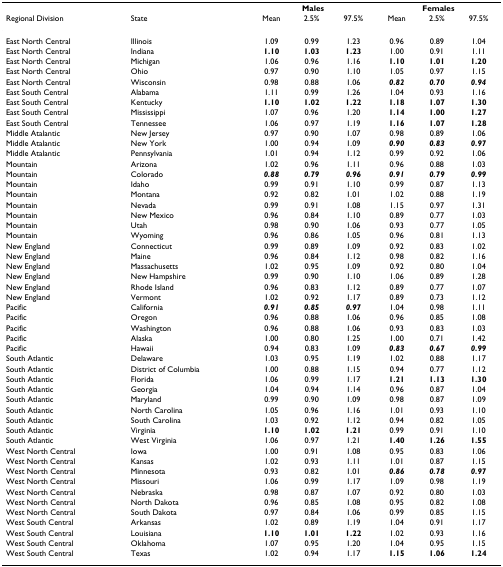
<table><thead><tr><td></td><td></td><td colspan="3"><b>Males</b></td><td colspan="3"><b>Females</b></td></tr><tr><td><b>Regional Division</b></td><td><b>State</b></td><td><b>Mean</b></td><td><b>2.5%</b></td><td><b>97.5%</b></td><td><b>Mean</b></td><td><b>2.5%</b></td><td><b>97.5%</b></td></tr></thead><tbody><tr><td>East North Central</td><td>Illinois</td><td>1.09</td><td>0.99</td><td>1.23</td><td>0.96</td><td>0.89</td><td>1.04</td></tr><tr><td>East North Central</td><td>Indiana</td><td><b>1.10</b></td><td><b>1.03</b></td><td><b>1.23</b></td><td>1.00</td><td>0.91</td><td>1.11</td></tr><tr><td>East North Central</td><td>Michigan</td><td>1.06</td><td>0.96</td><td>1.16</td><td><b>1.10</b></td><td><b>1.01</b></td><td><b>1.20</b></td></tr><tr><td>East North Central</td><td>Ohio</td><td>0.97</td><td>0.90</td><td>1.10</td><td>1.05</td><td>0.97</td><td>1.15</td></tr><tr><td>East North Central</td><td>Wisconsin</td><td>0.98</td><td>0.88</td><td>1.06</td><td><b><i>0.82</i></b></td><td><b><i>0.70</i></b></td><td><b><i>0.94</i></b></td></tr><tr><td>East South Central</td><td>Alabama</td><td>1.11</td><td>0.99</td><td>1.26</td><td>1.04</td><td>0.93</td><td>1.16</td></tr><tr><td>East South Central</td><td>Kentucky</td><td><b>1.10</b></td><td><b>1.02</b></td><td><b>1.22</b></td><td><b>1.18</b></td><td><b>1.07</b></td><td><b>1.30</b></td></tr><tr><td>East South Central</td><td>Mississippi</td><td>1.07</td><td>0.96</td><td>1.20</td><td><b>1.14</b></td><td><b>1.00</b></td><td><b>1.27</b></td></tr><tr><td>East South Central</td><td>Tennessee</td><td>1.06</td><td>0.97</td><td>1.19</td><td><b>1.16</b></td><td><b>1.07</b></td><td><b>1.28</b></td></tr><tr><td>Middle Atalantic</td><td>New Jersey</td><td>0.97</td><td>0.90</td><td>1.07</td><td>0.98</td><td>0.89</td><td>1.06</td></tr><tr><td>Middle Atalantic</td><td>New York</td><td>1.00</td><td>0.94</td><td>1.09</td><td><b><i>0.90</i></b></td><td><b><i>0.83</i></b></td><td><b><i>0.97</i></b></td></tr><tr><td>Middle Atalantic</td><td>Pennsylvania</td><td>1.01</td><td>0.94</td><td>1.12</td><td>0.99</td><td>0.92</td><td>1.06</td></tr><tr><td>Mountain</td><td>Arizona</td><td>1.02</td><td>0.96</td><td>1.11</td><td>0.96</td><td>0.88</td><td>1.03</td></tr><tr><td>Mountain</td><td>Colorado</td><td><b><i>0.88</i></b></td><td><b><i>0.79</i></b></td><td><b><i>0.96</i></b></td><td><b><i>0.91</i></b></td><td><b><i>0.79</i></b></td><td><b><i>0.99</i></b></td></tr><tr><td>Mountain</td><td>Idaho</td><td>0.99</td><td>0.91</td><td>1.10</td><td>0.99</td><td>0.87</td><td>1.13</td></tr><tr><td>Mountain</td><td>Montana</td><td>0.92</td><td>0.82</td><td>1.01</td><td>1.02</td><td>0.88</td><td>1.19</td></tr><tr><td>Mountain</td><td>Nevada</td><td>0.99</td><td>0.91</td><td>1.08</td><td>1.15</td><td>0.97</td><td>1.31</td></tr><tr><td>Mountain</td><td>New Mexico</td><td>0.96</td><td>0.84</td><td>1.10</td><td>0.89</td><td>0.77</td><td>1.03</td></tr><tr><td>Mountain</td><td>Utah</td><td>0.98</td><td>0.90</td><td>1.06</td><td>0.93</td><td>0.77</td><td>1.05</td></tr><tr><td>Mountain</td><td>Wyoming</td><td>0.96</td><td>0.86</td><td>1.05</td><td>0.96</td><td>0.81</td><td>1.13</td></tr><tr><td>New England</td><td>Connecticut</td><td>0.99</td><td>0.89</td><td>1.09</td><td>0.92</td><td>0.83</td><td>1.02</td></tr><tr><td>New England</td><td>Maine</td><td>0.96</td><td>0.84</td><td>1.12</td><td>0.98</td><td>0.82</td><td>1.16</td></tr><tr><td>New England</td><td>Massachusetts</td><td>1.02</td><td>0.95</td><td>1.09</td><td>0.92</td><td>0.80</td><td>1.04</td></tr><tr><td>New England</td><td>New Hampshire</td><td>0.99</td><td>0.90</td><td>1.10</td><td>1.06</td><td>0.89</td><td>1.28</td></tr><tr><td>New England</td><td>Rhode Island</td><td>0.96</td><td>0.83</td><td>1.12</td><td>0.89</td><td>0.77</td><td>1.07</td></tr><tr><td>New England</td><td>Vermont</td><td>1.02</td><td>0.92</td><td>1.17</td><td>0.89</td><td>0.73</td><td>1.12</td></tr><tr><td>Pacific</td><td>California</td><td><b><i>0.91</i></b></td><td><b><i>0.85</i></b></td><td><b><i>0.97</i></b></td><td>1.04</td><td>0.98</td><td>1.11</td></tr><tr><td>Pacific</td><td>Oregon</td><td>0.96</td><td>0.88</td><td>1.06</td><td>0.96</td><td>0.85</td><td>1.08</td></tr><tr><td>Pacific</td><td>Washington</td><td>0.96</td><td>0.88</td><td>1.06</td><td>0.93</td><td>0.83</td><td>1.03</td></tr><tr><td>Pacific</td><td>Alaska</td><td>1.00</td><td>0.80</td><td>1.25</td><td>1.00</td><td>0.71</td><td>1.42</td></tr><tr><td>Pacific</td><td>Hawaii</td><td>0.94</td><td>0.83</td><td>1.09</td><td><b><i>0.83</i></b></td><td><b><i>0.67</i></b></td><td><b><i>0.99</i></b></td></tr><tr><td>South Atlantic</td><td>Delaware</td><td>1.03</td><td>0.95</td><td>1.19</td><td>1.02</td><td>0.88</td><td>1.17</td></tr><tr><td>South Atlantic</td><td>District of Columbia</td><td>1.00</td><td>0.88</td><td>1.15</td><td>0.94</td><td>0.77</td><td>1.12</td></tr><tr><td>South Atlantic</td><td>Florida</td><td>1.06</td><td>0.99</td><td>1.17</td><td><b>1.21</b></td><td><b>1.13</b></td><td><b>1.30</b></td></tr><tr><td>South Atlantic</td><td>Georgia</td><td>1.04</td><td>0.94</td><td>1.14</td><td>0.96</td><td>0.87</td><td>1.04</td></tr><tr><td>South Atlantic</td><td>Maryland</td><td>0.99</td><td>0.90</td><td>1.09</td><td>0.98</td><td>0.87</td><td>1.09</td></tr><tr><td>South Atlantic</td><td>North Carolina</td><td>1.05</td><td>0.96</td><td>1.16</td><td>1.01</td><td>0.93</td><td>1.10</td></tr><tr><td>South Atlantic</td><td>South Carolina</td><td>1.03</td><td>0.92</td><td>1.12</td><td>0.94</td><td>0.82</td><td>1.05</td></tr><tr><td>South Atlantic</td><td>Virginia</td><td><b>1.10</b></td><td><b>1.02</b></td><td><b>1.21</b></td><td>0.99</td><td>0.91</td><td>1.10</td></tr><tr><td>South Atlantic</td><td>West Virginia</td><td>1.06</td><td>0.97</td><td>1.21</td><td><b>1.40</b></td><td><b>1.26</b></td><td><b>1.55</b></td></tr><tr><td>West North Central</td><td>Iowa</td><td>1.00</td><td>0.91</td><td>1.08</td><td>0.95</td><td>0.83</td><td>1.06</td></tr><tr><td>West North Central</td><td>Kansas</td><td>1.02</td><td>0.93</td><td>1.11</td><td>1.01</td><td>0.87</td><td>1.15</td></tr><tr><td>West North Central</td><td>Minnesota</td><td>0.93</td><td>0.82</td><td>1.01</td><td><b><i>0.86</i></b></td><td><b><i>0.78</i></b></td><td><b><i>0.97</i></b></td></tr><tr><td>West North Central</td><td>Missouri</td><td>1.06</td><td>0.99</td><td>1.17</td><td>1.09</td><td>0.98</td><td>1.19</td></tr><tr><td>West North Central</td><td>Nebraska</td><td>0.98</td><td>0.87</td><td>1.07</td><td>0.92</td><td>0.80</td><td>1.03</td></tr><tr><td>West North Central</td><td>North Dakota</td><td>0.96</td><td>0.85</td><td>1.08</td><td>0.95</td><td>0.82</td><td>1.08</td></tr><tr><td>West North Central</td><td>South Dakota</td><td>0.97</td><td>0.84</td><td>1.06</td><td>0.99</td><td>0.85</td><td>1.15</td></tr><tr><td>West South Central</td><td>Arkansas</td><td>1.02</td><td>0.89</td><td>1.19</td><td>1.04</td><td>0.91</td><td>1.17</td></tr><tr><td>West South Central</td><td>Louisiana</td><td><b>1.10</b></td><td><b>1.01</b></td><td><b>1.22</b></td><td>1.02</td><td>0.93</td><td>1.16</td></tr><tr><td>West South Central</td><td>Oklahoma</td><td>1.07</td><td>0.95</td><td>1.20</td><td>1.04</td><td>0.95</td><td>1.15</td></tr><tr><td>West South Central</td><td>Texas</td><td>1.02</td><td>0.94</td><td>1.17</td><td><b>1.15</b></td><td><b>1.06</b></td><td><b>1.24</b></td></tr></tbody></table>